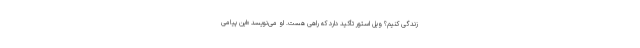
زندگی کنیم؟ ویل استور تأکید دارد که راهی هست. او می‌نویسد «این پیامی